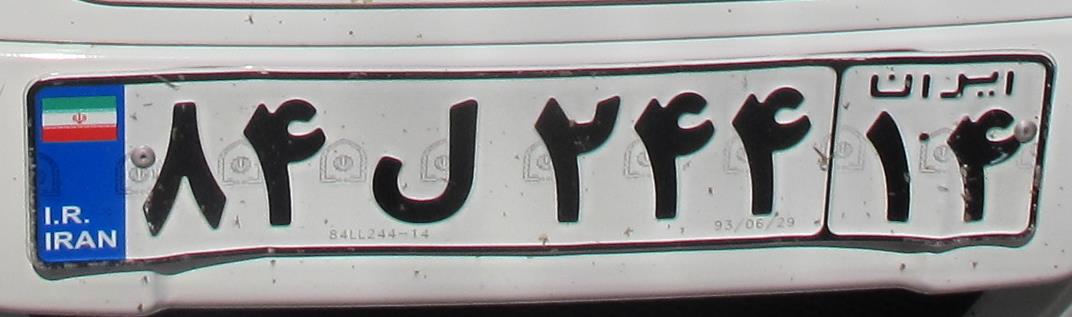
۸۴ل۲۴۴۱۴